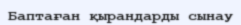
Баптаған қырандарды сынау